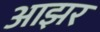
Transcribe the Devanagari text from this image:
आझर